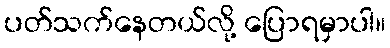
ပတ်သက်နေတယ်လို့ ပြောရမှာပါ။